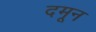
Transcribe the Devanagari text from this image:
दमून